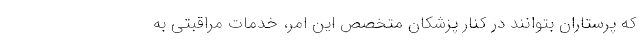
که پرستاران بتوانند در کنار پزشکان متخصص این امر، خدمات مراقبتی به